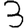
Digit: 3